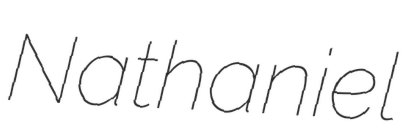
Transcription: Nathaniel